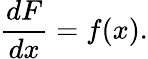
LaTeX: {\frac{dF}{dx}}=f(x).